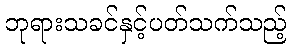
ဘုရားသခင်နှင့်ပတ်သက်သည့်